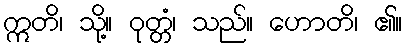
ဣတိ၊ သို့။ ဝုတ္တံ၊ သည်။ ဟောတိ၊ ၏။